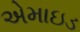
એમાઇડ